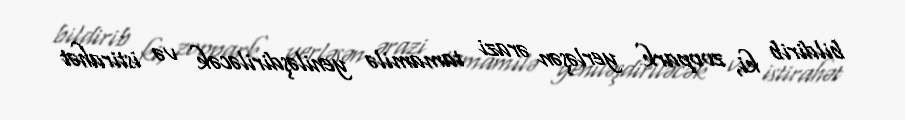
bildirib ki, zoopark yerləşən ərazi tamamilə yeniləşdiriləcək və istirahət